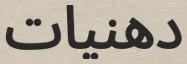
دھنيات